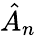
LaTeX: \hat{A}_{n}